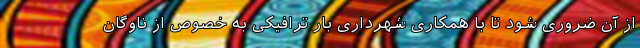
از آن ضروری شود تا با همکاری شهرداری بار ترافیکی به خصوص از ناوگان